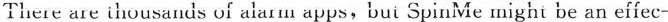
There are thousands of alarm apps,bui SpinMe might be an effec-